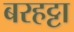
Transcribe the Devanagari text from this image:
बरहट्टा